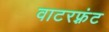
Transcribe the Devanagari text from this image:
वाटरफ़्रंट